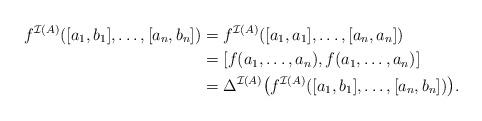
LaTeX: \begin{align*}f^{\mathcal{I}(A)}([a_1,b_1],\ldots,[a_n,b_n])&=f^{\mathcal{I}(A)}([a_1,a_1],\ldots,[a_n,a_n])\\&=[f(a_1,\ldots, a_n),f(a_1,\ldots, a_n)]\\&=\Delta^{\mathcal{I}(A)}\bigl( f^{\mathcal{I}(A)}([a_1,b_1],\ldots,[a_n,b_n])\bigr).\end{align*}